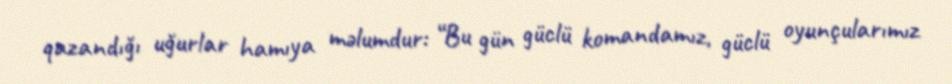
qazandığı uğurlar hamıya məlumdur: “Bu gün güclü komandamız, güclü oyunçularımız